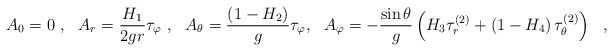
\begin{align*}A_0 = 0\ , \ \ A_r =\frac{H_1}{2gr}\tau_\varphi\ , \ \ A_\theta = \frac{\left(1-H_2\right)}{g} \tau_\varphi, \ \ A_\varphi = -\frac{\sin\theta}{g}\left(H_3 \tau^{(2)}_r+\left(1-H_4\right)\tau^{(2)}_\theta\right)\ \ ,\end{align*}